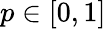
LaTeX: p\in[0,1]